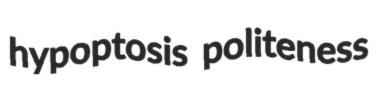
hypoptosis politeness